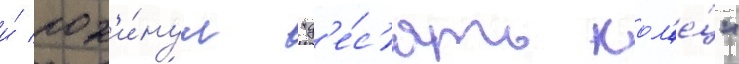
и́ пок'и́нул "д'е́с'ять кол'е́ц"